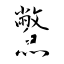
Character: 鱉